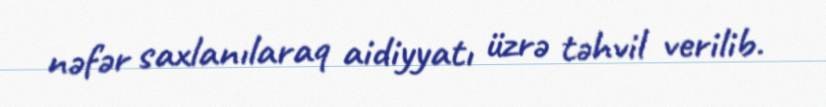
nəfər saxlanılaraq aidiyyatı üzrə təhvil verilib.